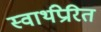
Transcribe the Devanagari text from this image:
स्वार्थप्रेरित